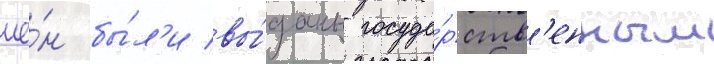
ие́н бы́л'и вы́даны госуда́рств'енным